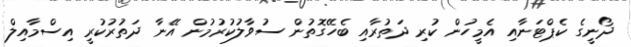
ދޯނީގެ ކެޕްޓަނާއި އެމީހުން ކުރި ދަތުރާއި ބެހޭގޮތުން ސުވާލުކުރުމުން އޭނާ ދަތުރުކުރީ އިސްމާއިލް